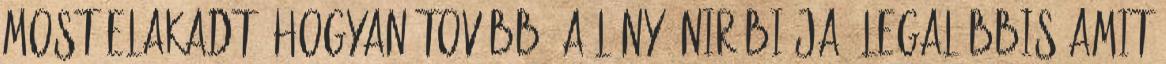
most elakadt. Hogyan tovább? A lány öniróbiája, legalábbis amit